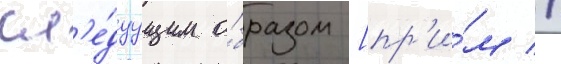
сл'е́дуущим о́бразом [пр'и́м //